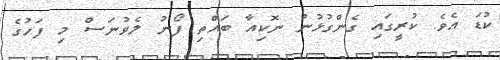
ކުޑަ އެވެ. ކުރީގައި ގެންގުޅުނު ނޮކިއާ ބައްތި ފޯނު ލެވުނަސް މި ފަހުގެ